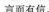
言而有信。